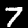
Label: 7